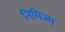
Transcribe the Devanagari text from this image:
निमिज्म